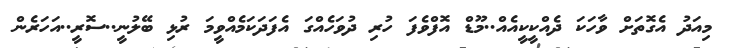
މިއަދު އެގޮތަށް ވާހަކަ ދެއްކީކީއެއް..މޫޑް އޮފްވެފަ ހުރި ދުވަހެއްގަ އެފަދަކަމެއްވީމަ ރުޅި ބޭލުނީ..ސޮރީ..އަހަރެން